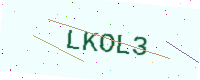
Text: LKOL3